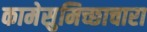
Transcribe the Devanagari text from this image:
कामेसुमिच्छाचारा